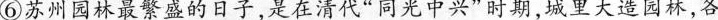
⑥苏州园林最繁盛的日子，是在清代“同光中兴”时期，城里大造园林各